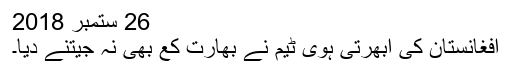
26 ستمبر 2018
افغانستان کی ابھرتی ہویٔ ٹیم نے بھارت کع بھی نہ جیتنے دیا۔